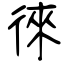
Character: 徠